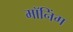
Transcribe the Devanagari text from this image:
मॉनिंग